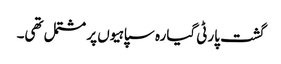
گشت پارٹی گیارہ سپاہیوں پر مشتمل تھی۔